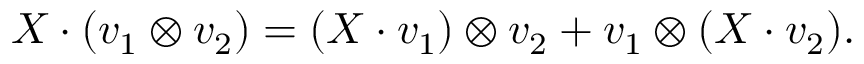
X \cdot ( v _ { 1 } \otimes v _ { 2 } ) = ( X \cdot v _ { 1 } ) \otimes v _ { 2 } + v _ { 1 } \otimes ( X \cdot v _ { 2 } ) .